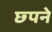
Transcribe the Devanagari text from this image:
छ्पने